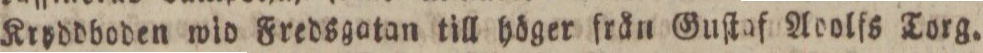
Kryddboden wid Fredsgatan till höger rän Guſtaf Aoolfs Torg.